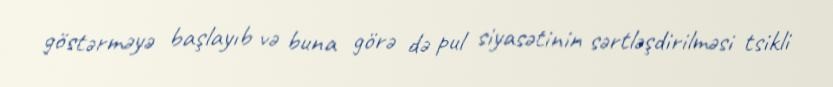
göstərməyə başlayıb və buna görə də pul siyasətinin sərtləşdirilməsi tsikli